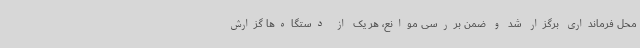
محل فرمانداری برگزار شد و ضمن بررسی موانع، هر یک از دستگاه‌ها گزارش